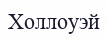
Холлоуэй